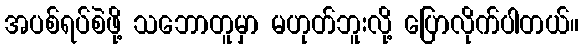
အပစ်ရပ်စဲဖို့ သဘောတူမှာ မဟုတ်ဘူးလို့ ပြောလိုက်ပါတယ်။